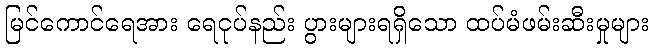
မြင်ကောင်ရေအား ရေငုပ်နည်း ပွားများရရှိသော ထပ်မံဖမ်းဆီးမှုများ